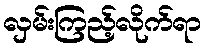
လှမ်းကြည့်လိုက်ရာ